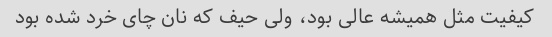
کیفیت مثل همیشه عالی بود، ولی حیف که نان چای خرد شده بود